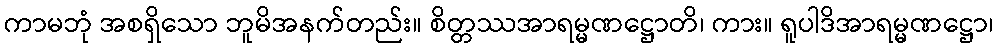
ကာမဘုံ အစရှိသော ဘူမိအနက်တည်း။ စိတ္တဿအာရမ္မဏဋ္ဌောတိ၊ ကား။ ရူပါဒိအာရမ္မဏဋ္ဌော၊